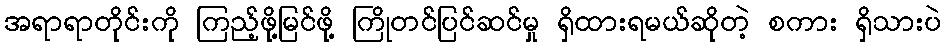
အရာရာတိုင်းကို ကြည့်ဖို့မြင်ဖို့ ကြိုတင်ပြင်ဆင်မှု ရှိထားရမယ်ဆိုတဲ့ စကား ရှိသားပဲ